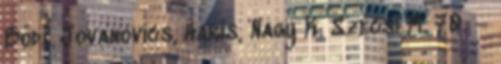
Bódi, Jovanovics, Haris, Nagy K. Szécsi M. 70. –